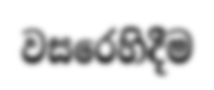
වසරෙහිදීම